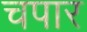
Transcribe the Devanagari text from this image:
चपार